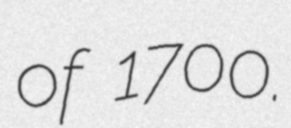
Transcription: of 1700.